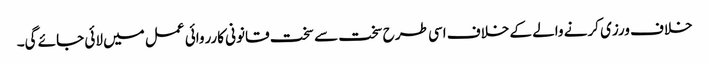
خلاف ورزی کرنے والے کے خلاف اسی طرح سخت سے سخت قانونی کارروائی عمل میں لائی جائے گی۔